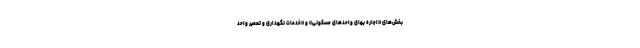
بخش‌های «اجاره بهای واحدهای مسکونی» و «خدمات نگهداری و تعمیر واحد